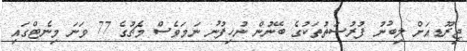
ޖިރޫޑއަށް ލިބުނު ފުރުސަތުތަކުގެ ބޭނުން ނުހިފުނު ނަމަވެސް މެޗުގެ 77 ވަނަ މިނެޓްގައި